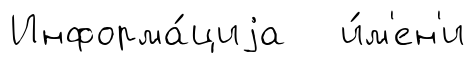
Информа́циjа и́м'ен'и